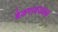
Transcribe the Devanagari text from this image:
बेळगावजवळ